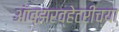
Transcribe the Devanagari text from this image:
ऑब्झरव्हेटरीच्या